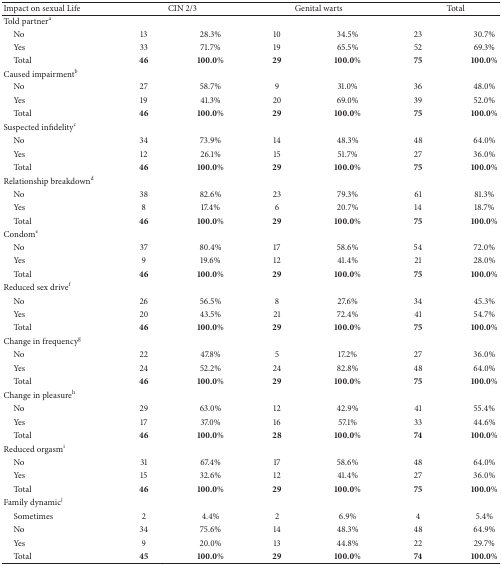
<table><thead><tr><td><b>Impact on sexual Life</b></td><td colspan="2"><b>CIN 2/3</b></td><td colspan="2"><b>Genital warts</b></td><td colspan="2"><b>Total</b></td></tr></thead><tbody><tr><td>Told partner<sup>a</sup></td><td> </td><td> </td><td> </td><td> </td><td> </td><td> </td></tr><tr><td> No</td><td>13</td><td>28.3%</td><td>10</td><td>34.5%</td><td>23</td><td>30.7%</td></tr><tr><td> Yes</td><td>33</td><td>71.7%</td><td>19</td><td>65.5%</td><td>52</td><td>69.3%</td></tr><tr><td> Total</td><td><b>46</b></td><td><b>100.0%</b></td><td><b>29</b></td><td><b>100.0%</b></td><td><b>75</b></td><td><b>100.0%</b></td></tr><tr><td>Caused impairment<sup>b</sup></td><td> </td><td> </td><td> </td><td> </td><td> </td><td> </td></tr><tr><td> No</td><td>27</td><td>58.7%</td><td>9</td><td>31.0%</td><td>36</td><td>48.0%</td></tr><tr><td> Yes</td><td>19</td><td>41.3%</td><td>20</td><td>69.0%</td><td>39</td><td>52.0%</td></tr><tr><td> Total</td><td><b>46</b></td><td><b>100.0%</b></td><td><b>29</b></td><td><b>100.0%</b></td><td><b>75</b></td><td><b>100.0%</b></td></tr><tr><td>Suspected infidelity<sup>c</sup></td><td> </td><td> </td><td> </td><td> </td><td> </td><td> </td></tr><tr><td> No</td><td>34</td><td>73.9%</td><td>14</td><td>48.3%</td><td>48</td><td>64.0%</td></tr><tr><td> Yes</td><td>12</td><td>26.1%</td><td>15</td><td>51.7%</td><td>27</td><td>36.0%</td></tr><tr><td> Total</td><td><b>46</b></td><td><b>100.0%</b></td><td><b>29</b></td><td><b>100.0%</b></td><td><b>75</b></td><td><b>100.0%</b></td></tr><tr><td>Relationship breakdown<sup>d</sup></td><td> </td><td> </td><td> </td><td> </td><td> </td><td> </td></tr><tr><td> No</td><td>38</td><td>82.6%</td><td>23</td><td>79.3%</td><td>61</td><td>81.3%</td></tr><tr><td> Yes</td><td>8</td><td>17.4%</td><td>6</td><td>20.7%</td><td>14</td><td>18.7%</td></tr><tr><td> Total</td><td><b>46</b></td><td><b>100.0%</b></td><td><b>29</b></td><td><b>100.0%</b></td><td><b>75</b></td><td><b>100.0%</b></td></tr><tr><td>Condom<sup>e</sup></td><td> </td><td> </td><td> </td><td> </td><td> </td><td> </td></tr><tr><td> No</td><td>37</td><td>80.4%</td><td>17</td><td>58.6%</td><td>54</td><td>72.0%</td></tr><tr><td> Yes</td><td>9</td><td>19.6%</td><td>12</td><td>41.4%</td><td>21</td><td>28.0%</td></tr><tr><td> Total</td><td><b>46</b></td><td><b>100.0%</b></td><td><b>29</b></td><td><b>100.0%</b></td><td><b>75</b></td><td><b>100.0%</b></td></tr><tr><td>Reduced sex drive<sup>f</sup></td><td> </td><td> </td><td> </td><td> </td><td> </td><td> </td></tr><tr><td> No</td><td>26</td><td>56.5%</td><td>8</td><td>27.6%</td><td>34</td><td>45.3%</td></tr><tr><td> Yes</td><td>20</td><td>43.5%</td><td>21</td><td>72.4%</td><td>41</td><td>54.7%</td></tr><tr><td> Total</td><td><b>46</b></td><td><b>100.0%</b></td><td><b>29</b></td><td><b>100.0%</b></td><td><b>75</b></td><td><b>100.0%</b></td></tr><tr><td>Change in frequency<sup>g</sup></td><td> </td><td> </td><td> </td><td> </td><td> </td><td> </td></tr><tr><td> No</td><td>22</td><td>47.8%</td><td>5</td><td>17.2%</td><td>27</td><td>36.0%</td></tr><tr><td> Yes</td><td>24</td><td>52.2%</td><td>24</td><td>82.8%</td><td>48</td><td>64.0%</td></tr><tr><td> Total</td><td><b>46</b></td><td><b>100.0%</b></td><td><b>29</b></td><td><b>100.0%</b></td><td><b>75</b></td><td><b>100.0%</b></td></tr><tr><td>Change in pleasure<sup>h</sup></td><td> </td><td> </td><td> </td><td> </td><td> </td><td> </td></tr><tr><td> No</td><td>29</td><td>63.0%</td><td>12</td><td>42.9%</td><td>41</td><td>55.4%</td></tr><tr><td> Yes</td><td>17</td><td>37.0%</td><td>16</td><td>57.1%</td><td>33</td><td>44.6%</td></tr><tr><td> Total</td><td><b>46</b></td><td><b>100.0%</b></td><td><b>28</b></td><td><b>100.0%</b></td><td><b>74</b></td><td><b>100.0%</b></td></tr><tr><td>Reduced orgasm<sup>i</sup></td><td> </td><td> </td><td> </td><td> </td><td> </td><td> </td></tr><tr><td> No</td><td>31</td><td>67.4%</td><td>17</td><td>58.6%</td><td>48</td><td>64.0%</td></tr><tr><td> Yes</td><td>15</td><td>32.6%</td><td>12</td><td>41.4%</td><td>27</td><td>36.0%</td></tr><tr><td> Total</td><td><b>46</b></td><td><b>100.0%</b></td><td><b>29</b></td><td><b>100.0%</b></td><td><b>75</b></td><td><b>100.0%</b></td></tr><tr><td>Family dynamic<sup>j</sup></td><td> </td><td> </td><td> </td><td> </td><td> </td><td> </td></tr><tr><td> Sometimes</td><td>2</td><td>4.4%</td><td>2</td><td>6.9%</td><td>4</td><td>5.4%</td></tr><tr><td> No</td><td>34</td><td>75.6%</td><td>14</td><td>48.3%</td><td>48</td><td>64.9%</td></tr><tr><td> Yes</td><td>9</td><td>20.0%</td><td>13</td><td>44.8%</td><td>22</td><td>29.7%</td></tr><tr><td> Total</td><td><b>45</b></td><td><b>100.0%</b></td><td><b>29</b></td><td><b>100.0%</b></td><td><b>74</b></td><td><b>100.0%</b></td></tr></tbody></table>